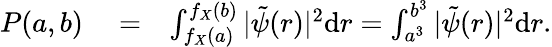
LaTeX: \begin{array}{rlr}{P(a,b)}&{{}=}&{\int_{f_{X}(a)}^{f_{X}(b)}|\tilde{\psi}(r)|^{2}{\textrm d}r=\int_{a^{3}}^{b^{3}}|\tilde{\psi}(r)|^{2}{\textrm d}r.}\end{array}